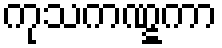
ကုသကဏ္ဋကာ